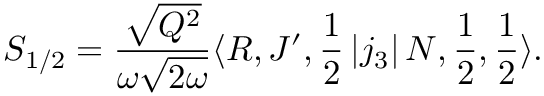
S _ { 1 / 2 } = \frac { \sqrt { Q ^ { 2 } } } { \omega \sqrt { 2 \omega } } \langle R , J ^ { \prime } , \frac { 1 } { 2 } \left| j _ { 3 } \right| N , \frac { 1 } { 2 } , \frac { 1 } { 2 } \rangle .